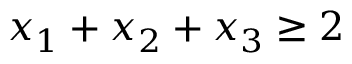
x _ { 1 } + x _ { 2 } + x _ { 3 } \geq 2